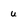
Character: u